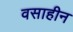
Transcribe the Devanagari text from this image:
वसाहीन